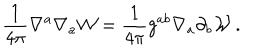
\frac { 1 } { 4 \pi } \nabla ^ { a } \nabla _ { a } { \cal W } = \frac { 1 } { 4 \pi } g ^ { a b } \nabla _ { a } \partial _ { b } { \cal W } \, .